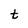
Character: t